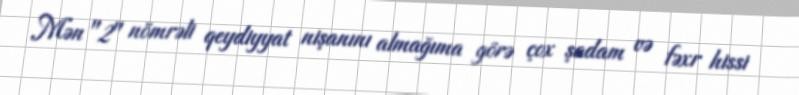
Mən "2" nömrəli qeydiyyat nişanını almağıma görə çox şadam və fəxr hissi